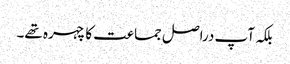
بلکہ آپ دراصل جماعت کا چہرہ تھے۔